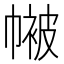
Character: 𭘴